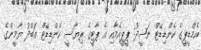
އެމްޑީޕީގެ ކެންޑިޑޭޓް ނަޝީދު: ޕީޕީއެމާއި އެ ޕާޓީގެ ރިޔާސީ ކެންޑިޑޭޓް އަބްދު ޔާމީންގެ